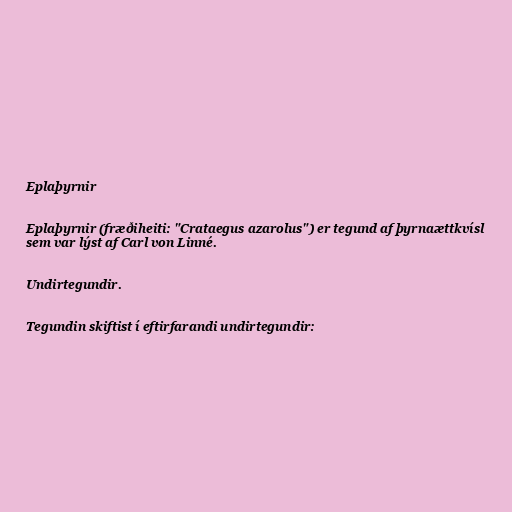
Eplaþyrnir

Eplaþyrnir (fræðiheiti: "Crataegus azarolus") er tegund af þyrnaættkvísl
sem var lýst af Carl von Linné.

Undirtegundir.

Tegundin skiftist í eftirfarandi undirtegundir: